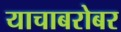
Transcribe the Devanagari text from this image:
याचाबरोबर